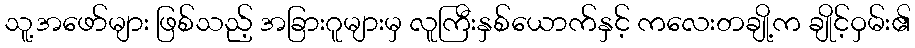
သူ့အဖော်များ ဖြစ်သည့် အခြားဂူများမှ လူကြီးနှစ်ယောက်နှင့် ကလေးတချို့က ချိုင့်ဝှမ်း၏